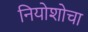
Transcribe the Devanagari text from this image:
नियोशोचा